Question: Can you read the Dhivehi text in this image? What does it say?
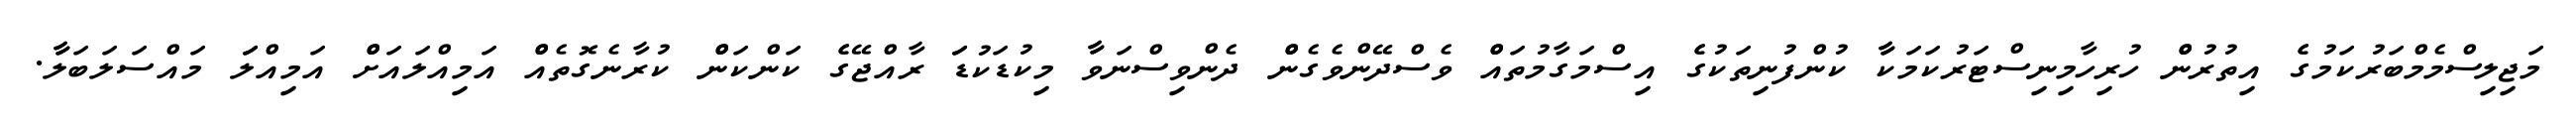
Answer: މަޖިލިސްމެމްބަރުކަމުގެެ އިތުރުންް ހުރިހާމިނިސްޓަރުކަމަކާާ ކުންފުނިތަކުގެެ އިސްމަގާމުތައްް ވެސްދޭންވެގެންް ދެންވިސްނަވާާ މިކުޑަކުޑަަ ރާއްޖޭގެެ ކަންކަންް ކުރާނެގޮތެއްް އަމިއްލައަށްް އަމިއްލަަ މައްސަލަބަލާާ.